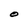
Character: O